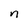
Character: n